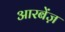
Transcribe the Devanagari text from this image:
आरबेंज़